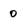
Character: 0